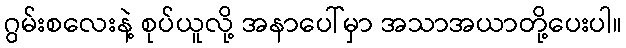
ဂွမ်းစလေးနဲ့ စုပ်ယူလို့ အနာပေါ်မှာ အသာအယာတို့ပေးပါ။